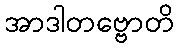
အာဒါတဗ္ဗောတိ